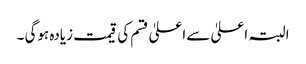
البتہ اعلیٰ سے اعلیٰ قسم کی قیمت زیادہ ہوگی ۔